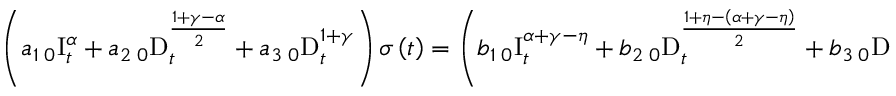
\left( a _ { 1 } \, _ { 0 } \mathrm { I } _ { t } ^ { \alpha } + a _ { 2 } \, _ { 0 } \mathrm { D } _ { t } ^ { \frac { 1 + \gamma - \alpha } { 2 } } + a _ { 3 } \, _ { 0 } \mathrm { D } _ { t } ^ { 1 + \gamma } \right) \sigma \left( t \right) = \left( b _ { 1 } \, _ { 0 } \mathrm { I } _ { t } ^ { \alpha + \gamma - \eta } + b _ { 2 } \, _ { 0 } \mathrm { D } _ { t } ^ { \frac { 1 + \eta - \left( \alpha + \gamma - \eta \right) } { 2 } } + b _ { 3 } \, _ { 0 } \mathrm { D } _ { t } ^ { 1 + \eta } \right) \varepsilon \left( t \right) ,